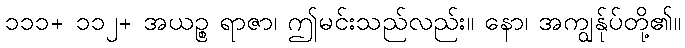
၁၁၁+ ၁၁၂+ အယဉ္စ ရာဇာ၊ ဤမင်းသည်လည်း။ နော၊ အကျွန်ုပ်တို့၏။